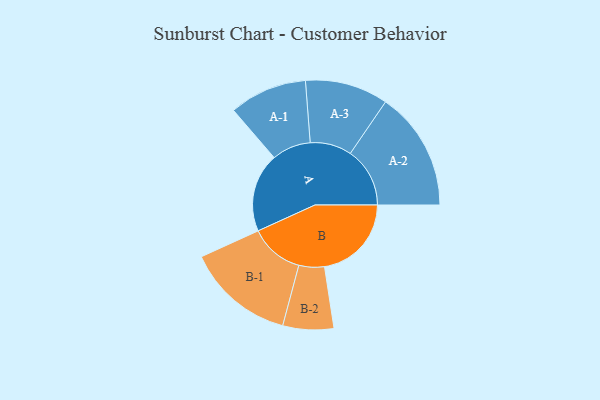
{"axis": {"x": "Segment", "y": "Value"}, "legend": ["", "A", "B"], "data": [{"x": "A", "y": 363, "type": ""}, {"x": "B", "y": 400, "type": ""}, {"x": "A-1", "y": 179, "type": "A"}, {"x": "A-2", "y": 274, "type": "A"}, {"x": "A-3", "y": 191, "type": "A"}, {"x": "B-1", "y": 249, "type": "B"}, {"x": "B-2", "y": 117, "type": "B"}]}